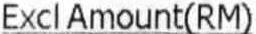
EXCL AMOUNT(RM)